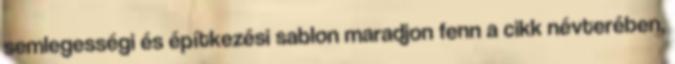
semlegességi és építkezési sablon maradjon fenn a cikk névterében,